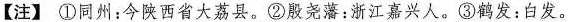
【注】①同州：今陕西省大荔县。②殷尧藩：浙江嘉兴人。③鹤发：白发。